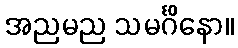
အညမည သမင်္ဂိနော။